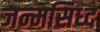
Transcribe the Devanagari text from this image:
जन्मसिध्द